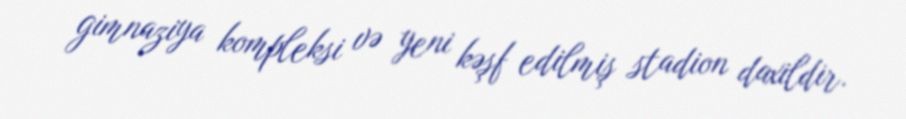
gimnaziya kompleksi və yeni kəşf edilmiş stadion daxildir.